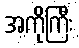
အကိုကြီး